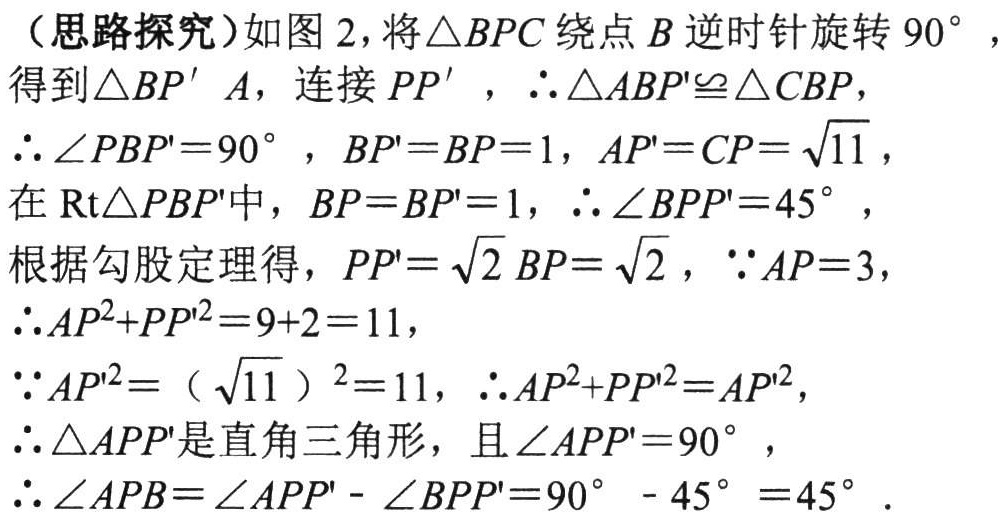
（思路探究）如图 2，将\(\triangle BPC\)绕点\(B\)逆时针旋转\(90^{\circ}\)，得到\(\triangle BP'A\)，连接\(PP'\)，\(\therefore\triangle ABP'\cong\triangle CBP\)，
\(\therefore\angle PBP' = 90^{\circ}\)，\(BP' = BP = 1\)，\(AP' = CP=\sqrt{11}\)，
在\(\text{Rt}\triangle PBP'\)中，\(BP = BP' = 1\)，\(\therefore\angle BPP' = 45^{\circ}\)，
根据勾股定理得，\(PP'=\sqrt{2}BP = \sqrt{2}\)，\(\because AP = 3\)，
\(\therefore AP^{2}+PP'^{2}=9 + 2 = 11\)，
\(\because AP'^{2}=(\sqrt{11})^{2}=11\)，\(\therefore AP^{2}+PP'^{2}=AP'^{2}\)，
\(\therefore\triangle APP'\)是直角三角形，且\(\angle APP' = 90^{\circ}\)，
\(\therefore\angle APB=\angle APP'-\angle BPP'=90^{\circ}-45^{\circ}=45^{\circ}\)．